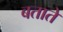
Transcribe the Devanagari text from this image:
बतातेे